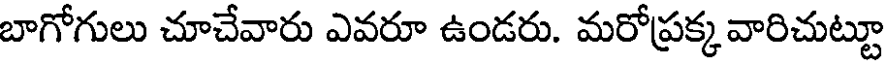
బాగోగులు చూచేవారు ఎవరూ ఉండరు. మరోప్రక్కవారిచుట్టూ